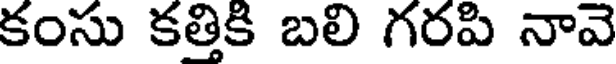
కంసు కత్తికి బలి గరపి నావె